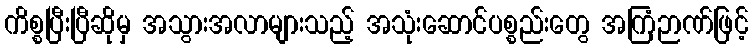
ကိစ္စပြီးပြီဆိုမှ အသွားအလာများသည့် အသုံးဆောင်ပစ္စည်းတွေ အကြံဉာဏ်ဖြင့်